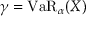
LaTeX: \gamma = \operatorname { V a R } _ { \alpha } ( X )